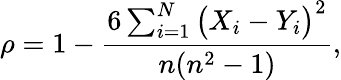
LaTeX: \rho=1-\frac{6\sum_{i=1}^{N}\big(X_{i}-Y_{i}\big)^{2}}{n(n^{2}-1)},